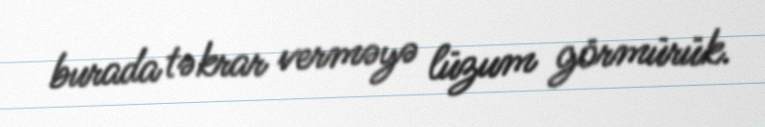
burada təkrar verməyə lüzum görmürük.